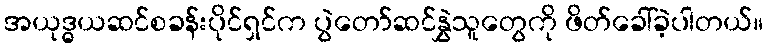
အယုဒ္ဓယဆင်စခန်းပိုင်ရှင်က ပွဲတော်ဆင်နွှဲသူတွေကို ဖိတ်ခေါ်ခဲ့ပါတယ်။